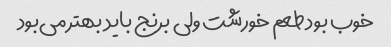
خوب بود طعم خورشت ولی برنج باید بهتر می‌بود